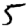
Digit: 5